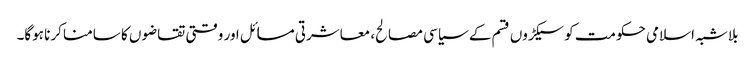
بلاشبہ اسلامی حکومت کو سیکڑوں قسم کے سیاسی مصالح، معاشرتی مسائل اور وقتی تقاضوں کا سامنا کرنا ہوگا۔